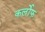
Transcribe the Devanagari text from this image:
कर्लोफ